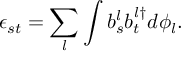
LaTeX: \epsilon _ { s t } = \sum _ { l } \int b _ { s } ^ { l } b _ { t } ^ { l \dagger } d \phi _ { l } .